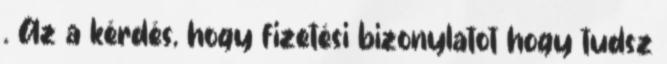
. Az a kérdés, hogy fizetési bizonylatot hogy tudsz